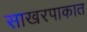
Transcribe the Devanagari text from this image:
साखरपाकात